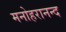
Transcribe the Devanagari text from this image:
मनोहरानन्द